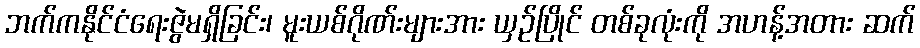
ဘက်ကနိုင်ငံရေးဇွဲမရှိခြင်း၊ မူးယစ်ဂိုဏ်းများအား ယှဉ်ပြိုင် တစ်ခုလုံးကို အဟန့်အတား ဆက်